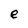
Character: e